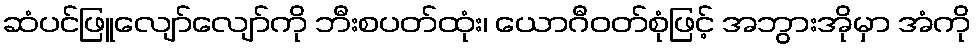
ဆံပင်ဖြူလျော်လျော်ကို ဘီးစပတ်ထုံး၊ ယောဂီဝတ်စုံဖြင့် အဘွားအိုမှာ အံကို